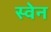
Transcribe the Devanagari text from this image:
स्‍वेन